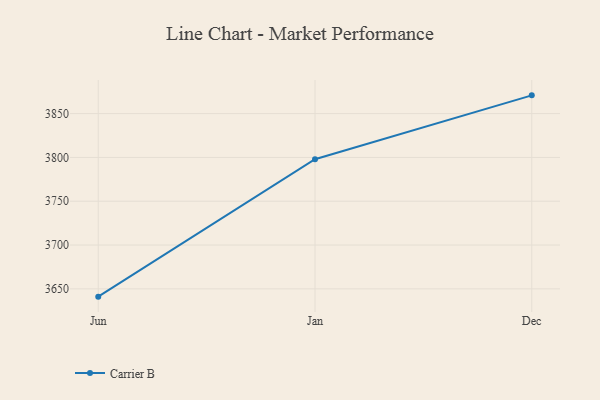
{"axis": {"x": "Month", "y": "Churn Rate (%)"}, "legend": ["Carrier B"], "data": [{"x": "Jun", "y": 3641.1, "type": "Carrier B"}, {"x": "Jan", "y": 3797.9, "type": "Carrier B"}, {"x": "Dec", "y": 3870.8, "type": "Carrier B"}]}